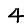
Digit: 4